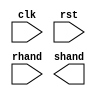
module delayby5 (clk,rst,rhand,shand);
input clk,rst,rhand;
output shand;

`ifdef VER1
reg q1,q2,q3,q4;
reg shand;
always @(posedge clk or posedge rst)
begin
   if (rst) q1<=0;
   else q1<= rhand;
   end
always @(posedge clk or posedge rst)
begin  
   if (rst) q2<=0;
   else q2<=q1;
 end
always @(posedge clk or posedge rst)
begin 
   if (rst) q3<=0;
   else q3<=q2;
 end
 always @(posedge clk or posedge rst)
begin 
   if (rst) q3<=0;
   else q4<=q3;
 end
 always @(posedge clk or posedge rst)
begin 
   if (rst) shand<=0;
   else shand<=q4;
 end
 `endif
 
 
 `ifdef VER2
 reg [2:0] cnt;
 wire shand;
 
 always @ (posedge clk or posedge rst)
 begin
   if (rst) cnt<=0;
   else 
   if (cnt==0)
      begin 
	    cnt<= rhand ? 1:0;
		end
	else 
	  begin
	    if (cnt==5) cnt<=0;
		else  cnt<=cnt+1;
	end
	end
	assign shand = cnt==5;
	`endif
	
	endmodule